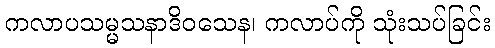
ကလာပသမ္မသနာဒိဝသေန၊ ကလာပ်ကို သုံးသပ်ခြင်း